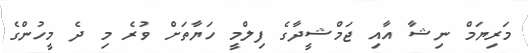
މަރިޔަމް ނިޝާ އާއި ޖަމްޝީދާގެ ފިލްމީ ހަޔާތަށް ވުރެ މި ދެ މީހުންގެ